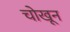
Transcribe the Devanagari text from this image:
चोखून